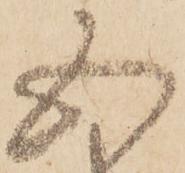
五